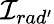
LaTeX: {\cal I}_{rad^{\prime}}